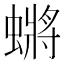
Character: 𮔬